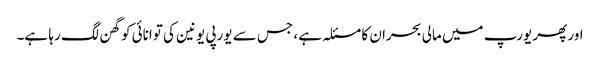
اور پھر یورپ میں مالی بحران کا مسئلہ ہے ، جس سے یورپی یونین کی توانائی کو گھن لگ رہا ہے۔